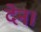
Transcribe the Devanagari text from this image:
देन।